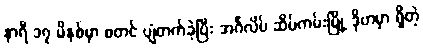
နာရီ ၁၇ မိနစ်မှာ စတင် ပျံတက်ခဲ့ပြီး အင်္ဂလိပ် ဆိပ်ကမ်းမြို့ ဒိုဗာမှာ ရှိတဲ့